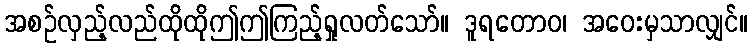
အစဉ်လှည့်လည်ထိုထိုဤဤကြည့်ရှုလတ်သော်။ ဒူရတောဝ၊ အဝေးမှသာလျှင်။